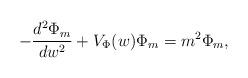
LaTeX: \begin{align*}- \frac{d^2 \Phi_{m}}{dw^2} + V_{\Phi}(w) \Phi_{m} = m^2 \Phi_{m}, \end{align*}